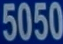
5050